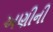
અણીની